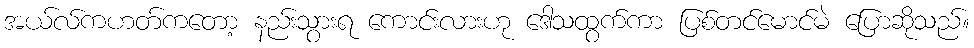
အယ်လ်ကဟတ်ကတော့ နည်းသွားရ ကောင်းလားဟု ဒေါသထွက်ကာ ပြစ်တင်မောင်မဲ ပြောဆိုသည်။